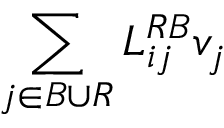
\sum _ { j \in { \cal { B } } \cup { \cal { R } } } { \cal { L } } _ { i j } ^ { R B } v _ { j }